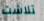
تلاشت